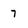
Character: 7